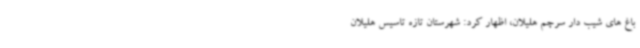
باغ های شیب دار سرچم هلیلان، اظهار کرد: شهرستان تازه تاسیس هلیلان